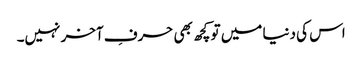
اس کی دنیا میں تو کچھ بھی حرفِ آخر نہیں۔